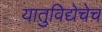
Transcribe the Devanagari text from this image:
यातुविद्येचेच